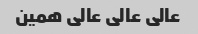
عالی عالی عالی همین